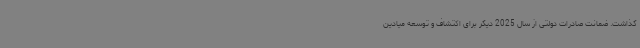
گذاشت. ضمانت صادرات دولتی از سال 2025 دیگر برای اکتشاف و توسعه میادین